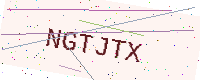
Text: NGTJTX